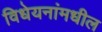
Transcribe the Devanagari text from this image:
विधेयनांमधील